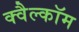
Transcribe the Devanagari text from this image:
क्वैल्कॉम